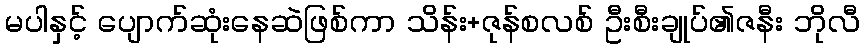
မပါနှင့် ပျောက်ဆုံးနေဆဲဖြစ်ကာ သိန်း+ဇုန်စလစ် ဦးစီးချုပ်၏ဇနီး ဘိုလီ